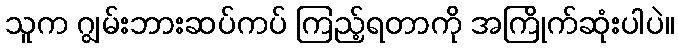
သူက ဂျွမ်းဘားဆပ်ကပ် ကြည့်ရတာကို အကြိုက်ဆုံးပါပဲ။